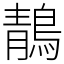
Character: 鶄